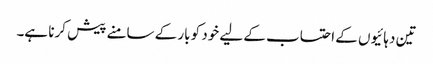
تین دہائیوں کے احتساب کے لیے خود کو بار کے سامنے پیش کرنا ہے۔